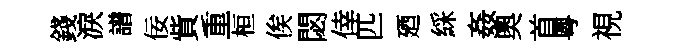
錢淚譜佞貲重桓俟閟倖匹廼綵姦奧首粤視